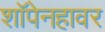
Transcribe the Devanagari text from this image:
शॉपेनहावर